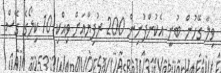
ވިލާ ގޭހުން ބުނީ އެކުންފުނިން 200 ރުފިޔާއަށް ވިއްކި 10 ކިލޯގެ ގޭސް